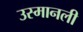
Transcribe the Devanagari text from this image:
उस्मानली